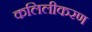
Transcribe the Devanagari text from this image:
कलिलीकरण